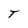
Character: T